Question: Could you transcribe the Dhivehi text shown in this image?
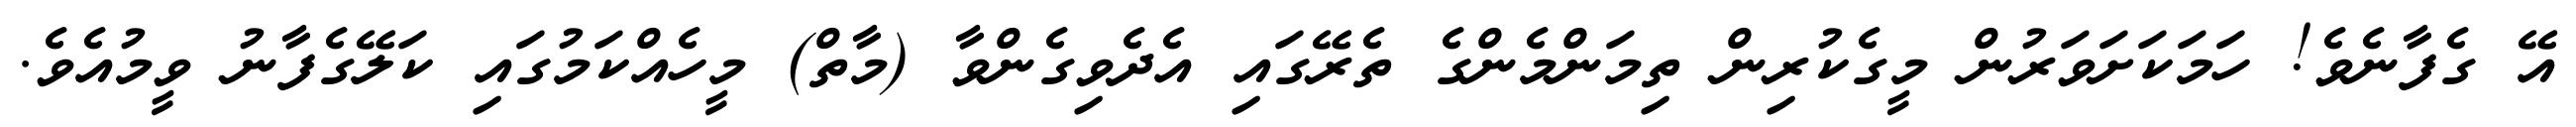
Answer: އޭ ގެފާނެވެ! ހަމަކަށަވަރުން މީގެކުރިން ތިމަންމެންގެ ތެރޭގައި އެދެވިގެންވާ (މާތް) މީހެއްކަމުގައި ކަލޭގެފާނު ވީމުއެވެ.